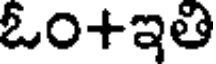
ఓం+ఇతి